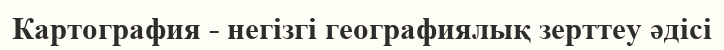
Картография - негізгі географиялық зерттеу әдісі